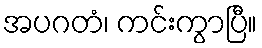
အပဂတံ၊ ကင်းကွာပြီ။